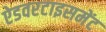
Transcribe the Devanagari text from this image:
ऐडवरटाइसमेंट